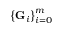
\left\{ { \bf G } _ { i } \right\} _ { i = 0 } ^ { m }